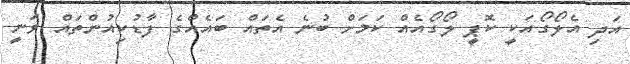
އަދި އެލޯގޯއަކީ ކޮޕީ ލޯގޯއެއް ކަމަށް ބުނެ އެތައް ބައެއްގެ ފާޑުކިއުންތައް ވަނީ